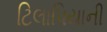
ટિલાપિયાની